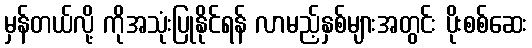
မှန်တယ်လို့ ကိုအသုံးပြုနိုင်ရန် လာမည့်နှစ်များအတွင်း ပိုးစစ်ဆေး